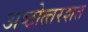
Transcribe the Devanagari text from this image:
अष्‍टोत्‍तरशत